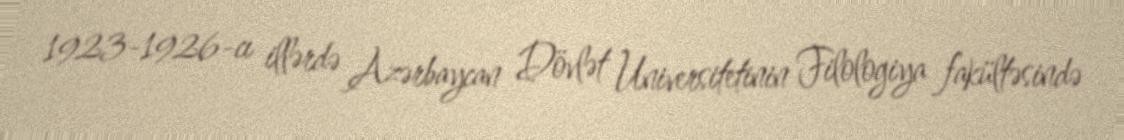
1923-1926-cı illərdə Azərbaycan Dövlət Universitetinin Filologiya fakültəsində